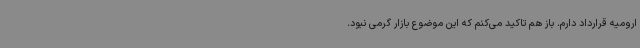
ارومیه قرارداد دارم. باز هم تاکید می‌کنم که این موضوع بازار گرمی نبود.